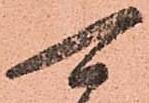
可